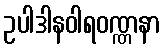
ဥပါဒါနဝါရဝဏ္ဏနာ